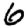
Digit: 6